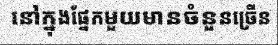
នៅក្នុងផ្នែកមួយមានចំនួនច្រើន